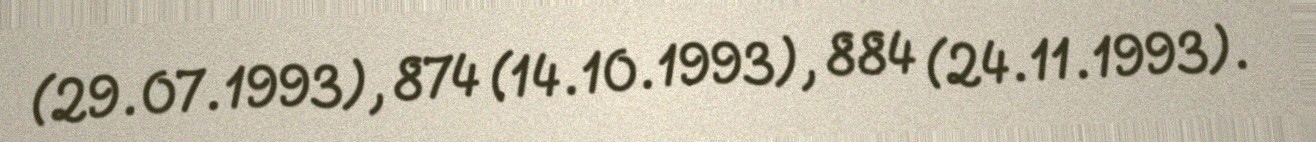
(29.07.1993), 874 (14.10.1993), 884 (24.11.1993).